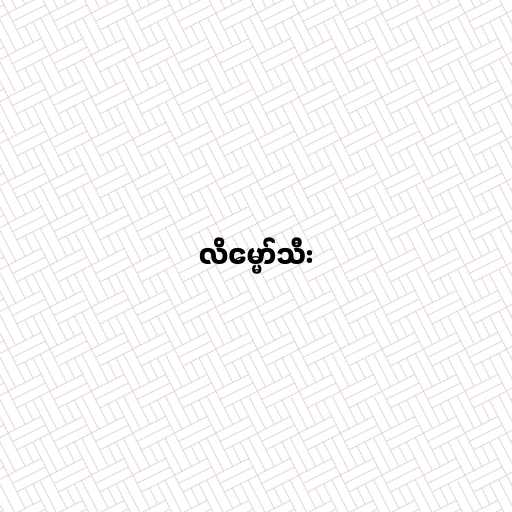
လိမ္မော်သီး